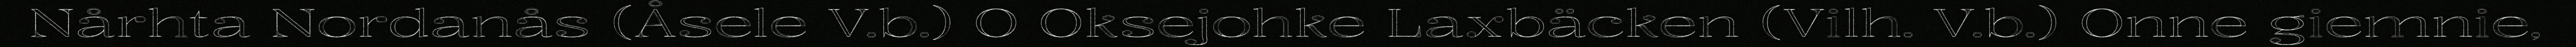
Nårhta Nordanås (Åsele V.b.) O Oksejohke Laxbäcken (Vilh. V.b.) Onne giemnie,